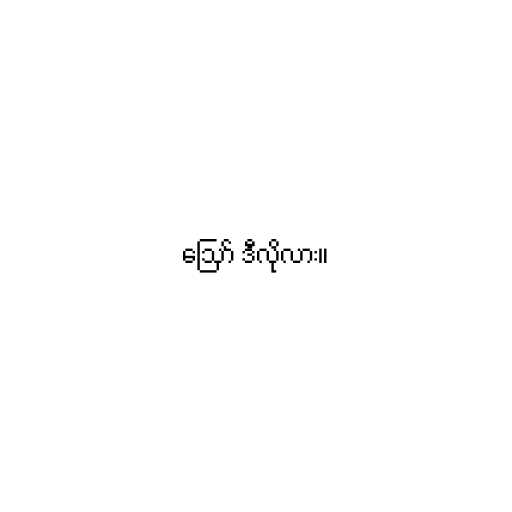
ဪ ဒီလိုလား။